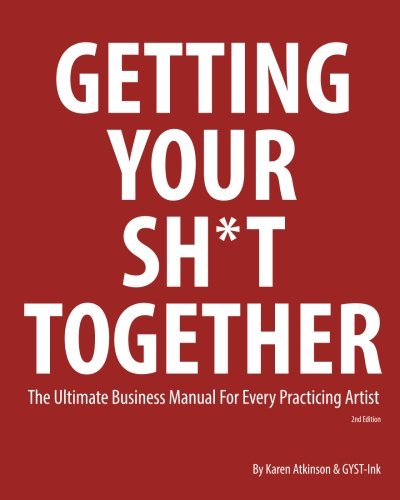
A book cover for Getting Your Sh*t Together: The Ultimate Business Manual for Every Practicing Artist; Karen Atkinson; Arts & Photography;